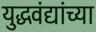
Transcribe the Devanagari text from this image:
युद्धवंद्यांच्या